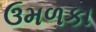
ઉમળકા